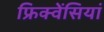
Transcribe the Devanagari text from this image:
फ्रिक्वेंसियां